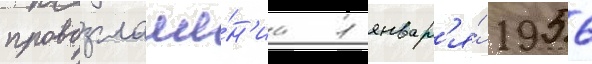
провозглаше́н'иа 1 январ'я́ 1956